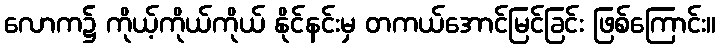
လောက၌ ကိုယ့်ကိုယ်ကိုယ် နိုင်နင်းမှ တကယ်အောင်မြင်ခြင်း ဖြစ်ကြောင်း။